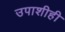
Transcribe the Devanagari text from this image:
उपाशीही